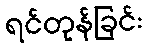
ရင်တုန်ခြင်း